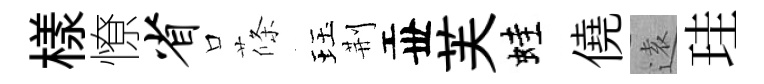
樣憭省口條珏荆丗芙蛙僥逺珪